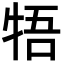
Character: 牾